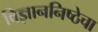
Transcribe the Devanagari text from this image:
विज्ञाननिष्ठेचा